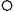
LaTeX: \circ